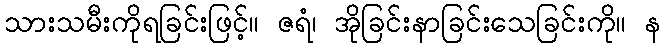
သားသမီးကိုရခြင်းဖြင့်။ ဇရံ၊ အိုခြင်းနာခြင်းသေခြင်းကို။ န